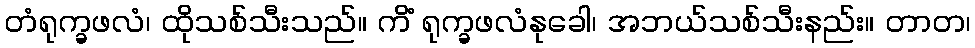
တံရုက္ခဖလံ၊ ထိုသစ်သီးသည်။ ကိံ ရုက္ခဖလံနုခေါ၊ အဘယ်သစ်သီးနည်း။ တာတ၊